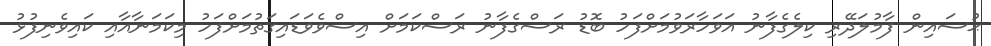
ޙުސައިން ފާމުލަދޭރި ކިލެގެފާނު އަވަހާރަވުމަށްފަހު ބޮޑު ރަސްގެފާނު ރަސްކަމަށް އިސްވެވަޑައިގަތުމަށްފަހު މިކަމަނާއާއި ކައިވެނިފުޅު